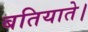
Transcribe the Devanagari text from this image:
बतियाते।